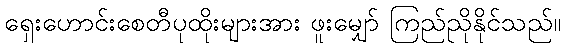
ရှေးဟောင်းစေတီပုထိုးများအား ဖူးမျှော် ကြည်ညိုနိုင်သည်။